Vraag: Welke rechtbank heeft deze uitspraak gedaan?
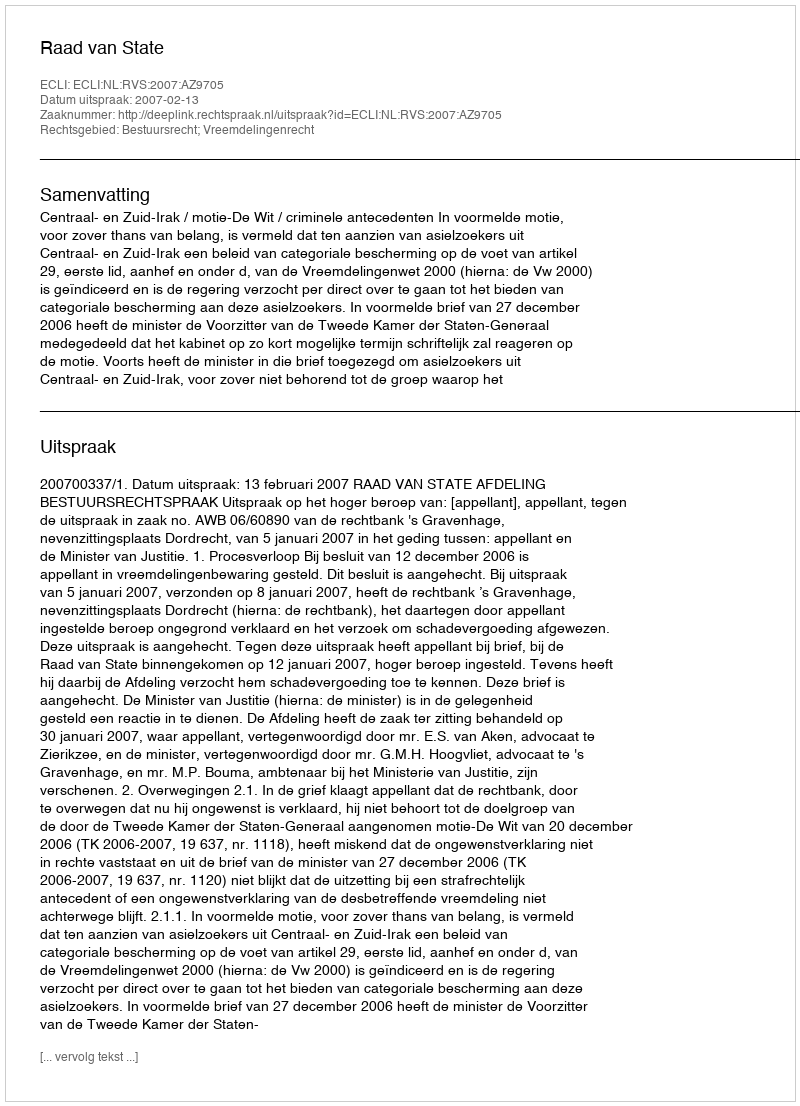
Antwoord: Raad van State